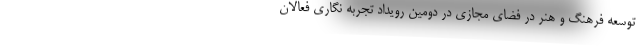
توسعه فرهنگ و هنر در فضای مجازی در دومین رویداد تجربه نگاری فعالان